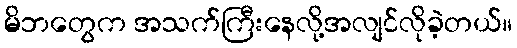
မိဘတွေက အသက်ကြီးနေလို့အလျင်လိုခဲ့တယ်။